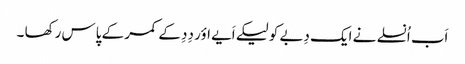
اَب اُنسلے نے ایک دِبے کو لیکے اَیے اؤر دِدِ کے کمر کے پاس رکھا ۔